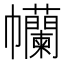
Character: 𢆄